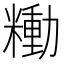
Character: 𰫍